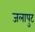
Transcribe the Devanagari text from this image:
जलापुट